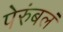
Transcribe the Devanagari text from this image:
पेरुंबलं